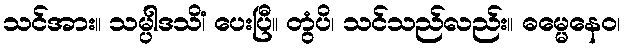
သင်အား။ သမ္ပါဒသိံ၊ ပေးပြီ။ တွံပိ၊ သင်သည်လည်း။ ဓမ္မေနေဝ၊